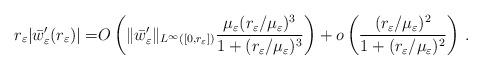
LaTeX: \begin{align*}r_\varepsilon |\bar{w}'_\varepsilon(r_\varepsilon)|= &O\left(\|\bar{w}'_\varepsilon\|_{L^\infty([0,r_\varepsilon])} \frac{{\mu_\varepsilon(r_\varepsilon/\mu_\varepsilon)^3}}{1+(r_\varepsilon/\mu_\varepsilon)^3} \right)+o\left(\frac{(r_\varepsilon/\mu_\varepsilon)^2}{1+(r_\varepsilon/\mu_\varepsilon)^2} \right)\,.\end{align*}